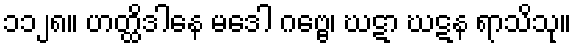
၁၁၂၈။ ဟတ္ထိဒါနေ မဒေါ ဂဗ္ဗေ၊ ဃဋာ ဃဋန ရာသိသု။